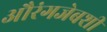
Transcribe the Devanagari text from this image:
औरंगजेबशी